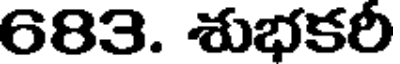
683. శుభకరీ